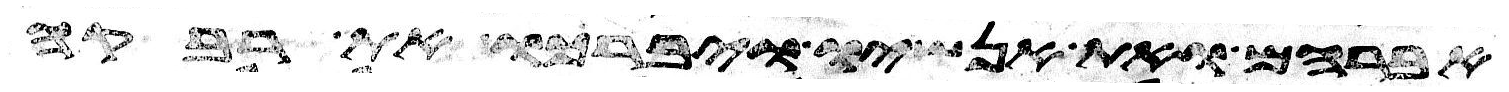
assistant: אברהם ואת אנשיו ויברכו את רבקה